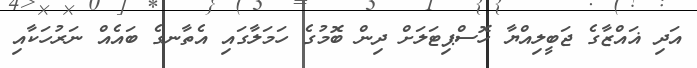
އަދި ޣައްޒާގެ ޖަބީލިއްޔާ ހޮސްޕިޓަލަށް ދިން ބޮމުގެ ހަމަލާގައި އެތާނގެ ބައެއް ނަރުހަކާއި